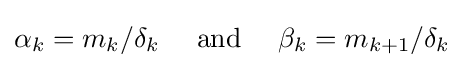
\alpha _{k}=m_{k}/\delta _{k}\quad {\text{ and }}\quad \beta _{k}=m_{k+1}/\delta _{k}